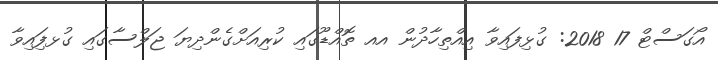
އޯގަސްޓް 17 2018: ގުޅިފައިވާ އިއްތިހާދުން އއ ތޮއްޑޫގައި ކުރިއަށްގެންދިޔަ ޖަލްސާގައި ގުޅފިައިވާ